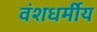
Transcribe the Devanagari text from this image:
वंशधर्मीय